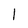
Character: 1